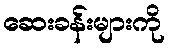
ဆေးခန်းများကို